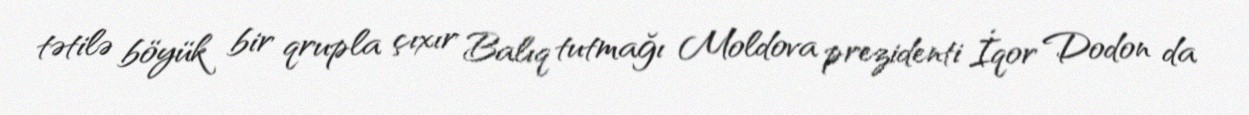
tətilə böyük bir qrupla çıxır Balıq tutmağı Moldova prezidenti İqor Dodon da